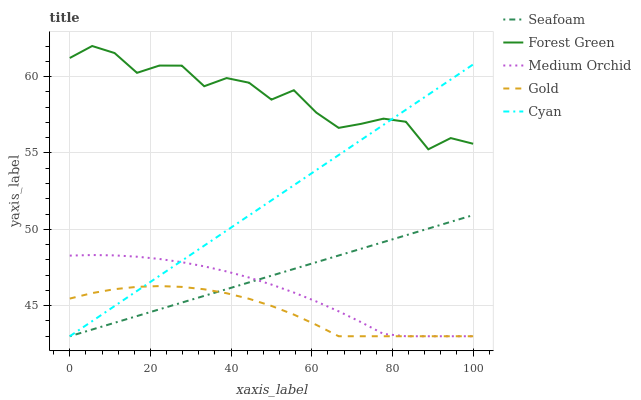
| xaxis_label | Seafoam | Forest Green | Medium Orchid | Gold | Cyan |
 | --- | --- | --- | --- | --- | --- |
 | 0 | 43 | 61.2 | 48.3 | 45.5 | 43 |
 | 5.56 | 43.4 | 62 | 48.3 | 45.8 | 44 |
 | 11.1 | 43.9 | 61.5 | 48.3 | 46.1 | 45 |
 | 16.7 | 44.3 | 60.2 | 48.2 | 46.2 | 46 |
 | 22.2 | 44.8 | 60.7 | 48.1 | 46.3 | 47 |
 | 27.8 | 45.2 | 60.7 | 47.8 | 46.2 | 47.9 |
 | 33.3 | 45.6 | 59.4 | 47.6 | 46.1 | 48.9 |
 | 38.9 | 46.1 | 59.9 | 47.2 | 45.8 | 49.9 |
 | 44.4 | 46.5 | 59.6 | 46.8 | 45.5 | 50.9 |
 | 50 | 47 | 58.5 | 46.4 | 45 | 51.9 |
 | 55.6 | 47.4 | 59.1 | 45.9 | 44.4 | 52.9 |
 | 61.1 | 47.8 | 57.6 | 45.3 | 43.7 | 53.9 |
 | 66.7 | 48.3 | 56.6 | 44.6 | 43 | 54.9 |
 | 72.2 | 48.7 | 56.9 | 43.9 | 43 | 55.9 |
 | 77.8 | 49.2 | 57.2 | 43.2 | 43 | 56.8 |
 | 83.3 | 49.6 | 57 | 43 | 43 | 57.8 |
 | 88.9 | 50 | 55.2 | 43 | 43 | 58.8 |
 | 94.4 | 50.5 | 56 | 43 | 43 | 59.8 |
 | 100 | 50.9 | 55.6 | 43 | 43 | 60.8 |